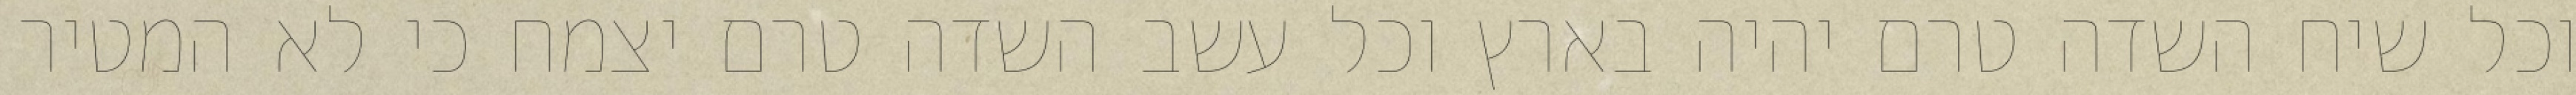
וכל שיח השדה טרם יהיה בארץ וכל עשב השדה טרם יצמח כי לא המטיר